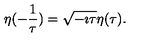
\eta ( - \frac 1 \tau ) = \sqrt { - \imath \tau } \eta ( \tau ) .